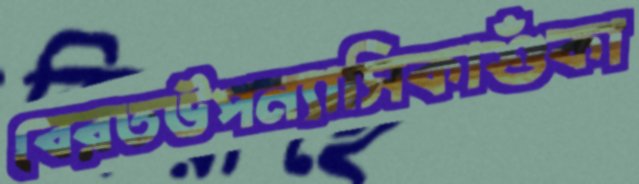
বেরতউপন্যাসিকাশুঁকা